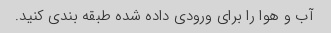
آب و هوا را برای ورودی داده شده طبقه بندی کنید.